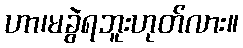
ဟာ၊မခွဲရဘူးဟုတ်လား။